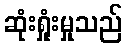
ဆုံးရှုံးမှုသည်